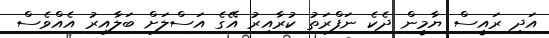
އަދި ރައީސް ޔާމީން ދެކެ ނަފްރަތު ކުރާއިރު އޭގެ އަސްލަށް ބަލާއިރު އެއްވެސް